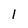
Character: 1